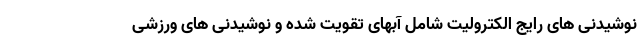
نوشیدنی های رایج الکترولیت شامل آبهای تقویت شده و نوشیدنی های ورزشی